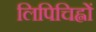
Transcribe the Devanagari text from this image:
लिपिचिह्नों